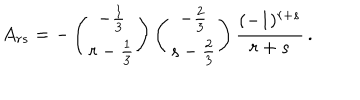
A _ { r s } = - \left( { - { \frac { 1 } { 3 } } \atop { r - { \frac { 1 } { 3 } } } } \right) \left( { - { \frac { 2 } { 3 } } \atop { s - { \frac { 2 } { 3 } } } } \right) { \frac { ( - 1 ) ^ { r + s } } { r + s } } \, .